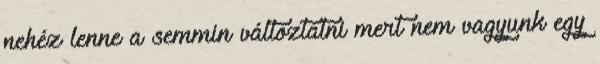
nehéz lenne a semmin változtatni mert nem vagyunk egy